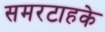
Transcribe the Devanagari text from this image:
समरटाहके